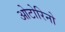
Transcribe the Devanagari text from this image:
ओटोरिनो